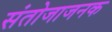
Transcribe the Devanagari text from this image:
संतोजाजनक